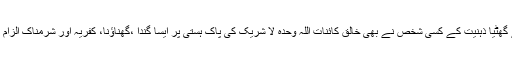
گھٹیا سے گھٹیا ذہنیت کے کسی شخص نے بھی خالق کائنات اللہ وحدہ لا شریک کی پاک ہستی پر ایسا گندا ،گھناؤنا، کفریہ اور شرمناک الزام نہیں لگایا۔